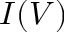
I ( V )